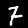
Label: 7